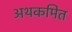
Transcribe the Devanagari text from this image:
अथकमित